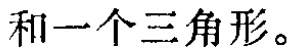
和一个三角形。